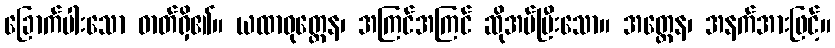
ခြောက်ပါးသော ဓာတ်ရှိ၏။ ယထာဝုတ္တေန၊ အကြင်အကြင် ဆိုအပ်ပြီးသော။ အတ္ထေန၊ အနက်အားဖြင့်။